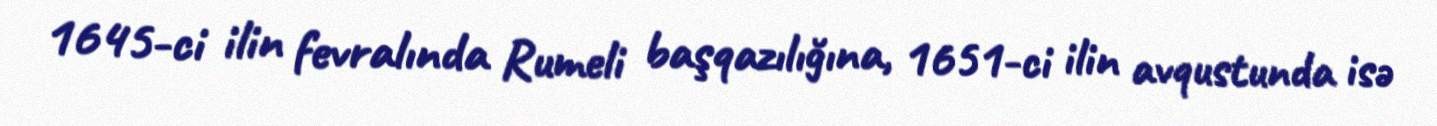
1645-ci ilin fevralında Rumeli başqazılığına, 1651-ci ilin avqustunda isə